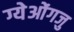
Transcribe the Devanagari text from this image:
ग्येओंगजु